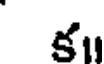
క